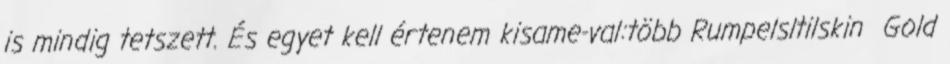
is mindig tetszett. És egyet kell értenem kisame-val:több Rumpelsltilskin Gold